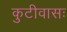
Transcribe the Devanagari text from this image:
कुटीवासः